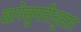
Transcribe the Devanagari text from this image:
खानेसुमारीनुसार